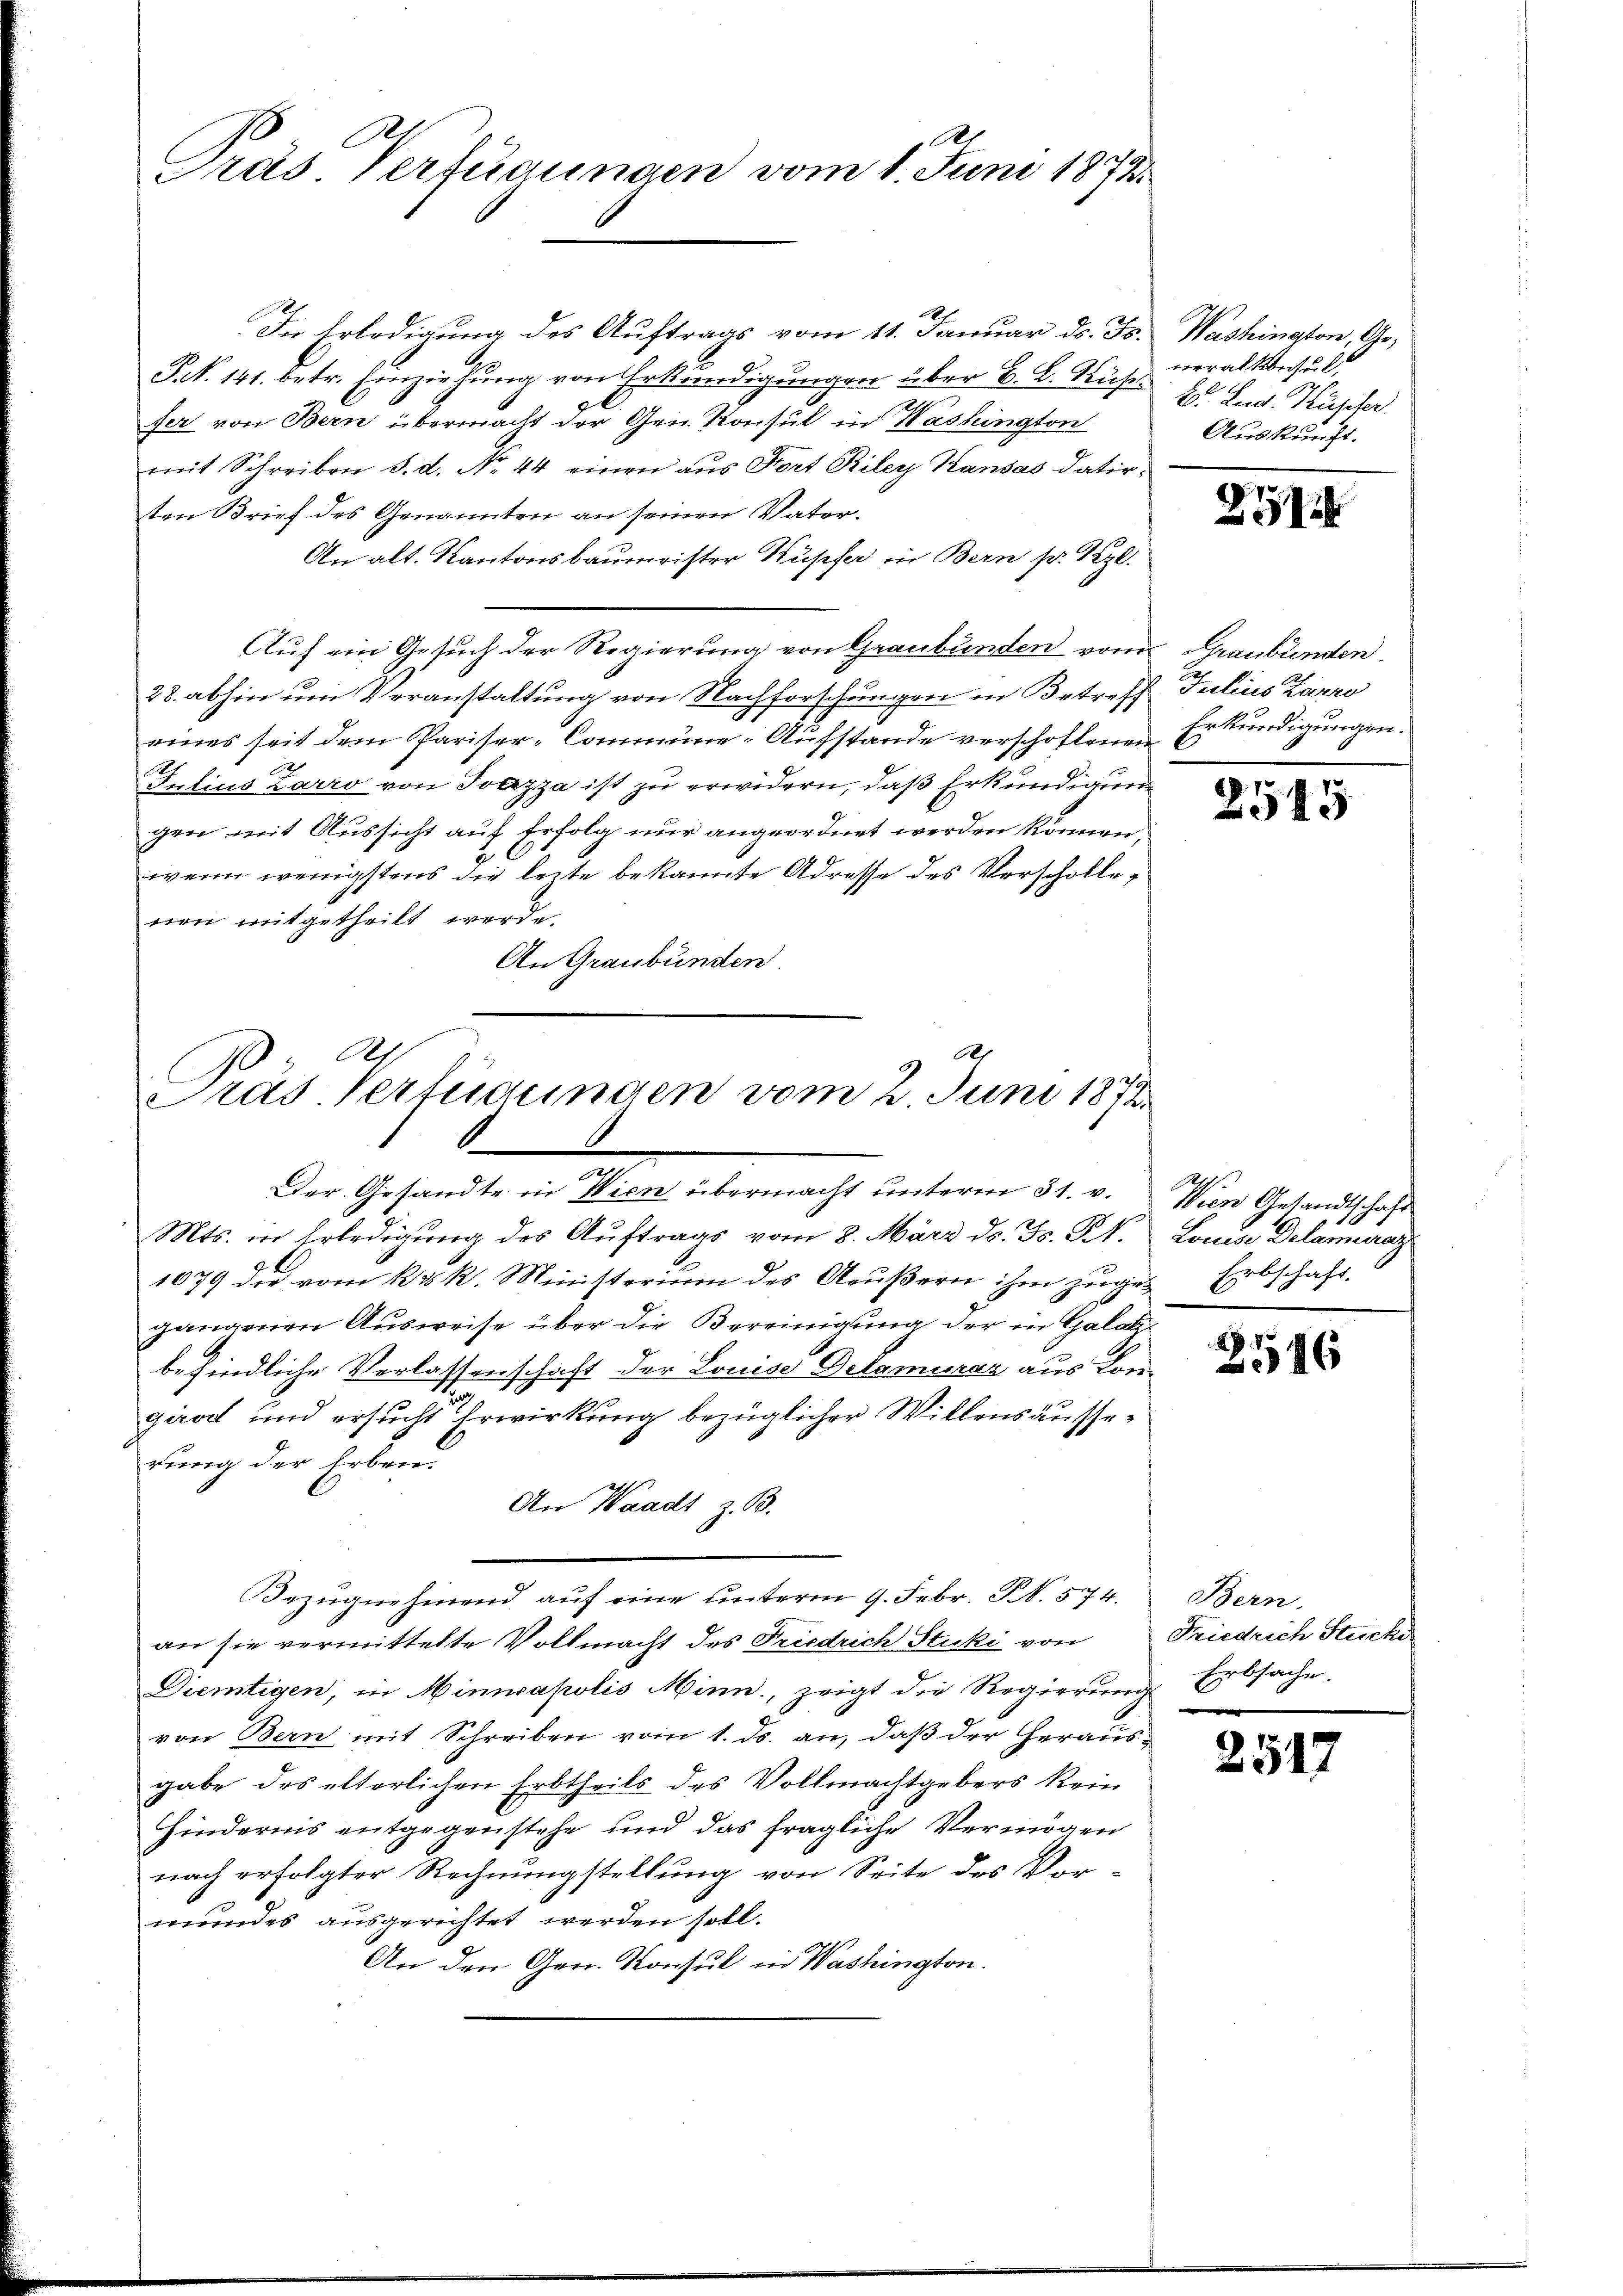
A
As
Tras Verfügungen vom 1. Juni 1873.

In Erledigung des Auftrags vom 11. Januar d. Js. Washington, Ge-
P N. 141. betr. Einziehung von Erkundigungen über B. L. Ruhe. Er Lud. Kuscher
fer von Bern übermacht der Gen. Konsul in Washington
mit Schreiben d. d. No. 44 einen aus Fort Riley Kausas datirten Brief des Genannten an seinen Vater-
An alt. Kantonsbaumeister Kupfer in Bern pr. Gezl.
Auf ein Gesuch der Regierung von Graubünden von Graubünden
28. abhin um Veranstaltung von Nachforschungen in Betreff Julius Zarro
eines seit dem Pariser-Commüne-Aufstande verschoflonen Erkundigungen.
Julius Zarro von Ivazza ist zu erwidern, daß Erkundigung
gen mit Aussicht auf Erfolg nur angeordnet werden können,
wenn wenigstens die leite bekannte Adresse des Verscholle,
nen mitgetheilt werde.
An Graubünden
Mts. in Erledigung des Auftrags vom 8. März ds. Fs. 31.
1079 die vom k. k. Ministerium des Aeußern ihm zuges Erbschaft.
gangenen Ausweise über die Bereinigung der in Galatbefindliche Verlassenschaft der Louise Delomuraz aus Kon-
girod und ersucht Erwirkung bezüglicher Willensäusserung der Erben.
An Waadt z. B.
Bezugnehmend auf eine unterm 9. Febr. S. 574.
an sie vermittelte Vollmacht des Friedrich Stucki von
Diemtigen, in Minnapolis Minn, zeigt die Regierung Erbsache,
von Bern mit Schreiben vom 1. ds. an, daß der Herausgabe des elterlichen Erbtheils des Vollmachtgebers kein
Hindernis entgegenstehe und das fragliche Vermögen
nach erfolgter Rechnungstellung von Seite des Vor-
mundes ausgerichtet werden soll.
An den Gen. Konsul in Washington.

e
Ah
C
Präs. Verfügungen vom 2. Juni 1872.
Der Gesandte in Wien übermacht unterm 31. v. Wien Gesandtschaft

neralkonsul
z
Auskunft.

274

2545

Louise Delamuraz

2546

Bern.
Friedrich Stücke

2517